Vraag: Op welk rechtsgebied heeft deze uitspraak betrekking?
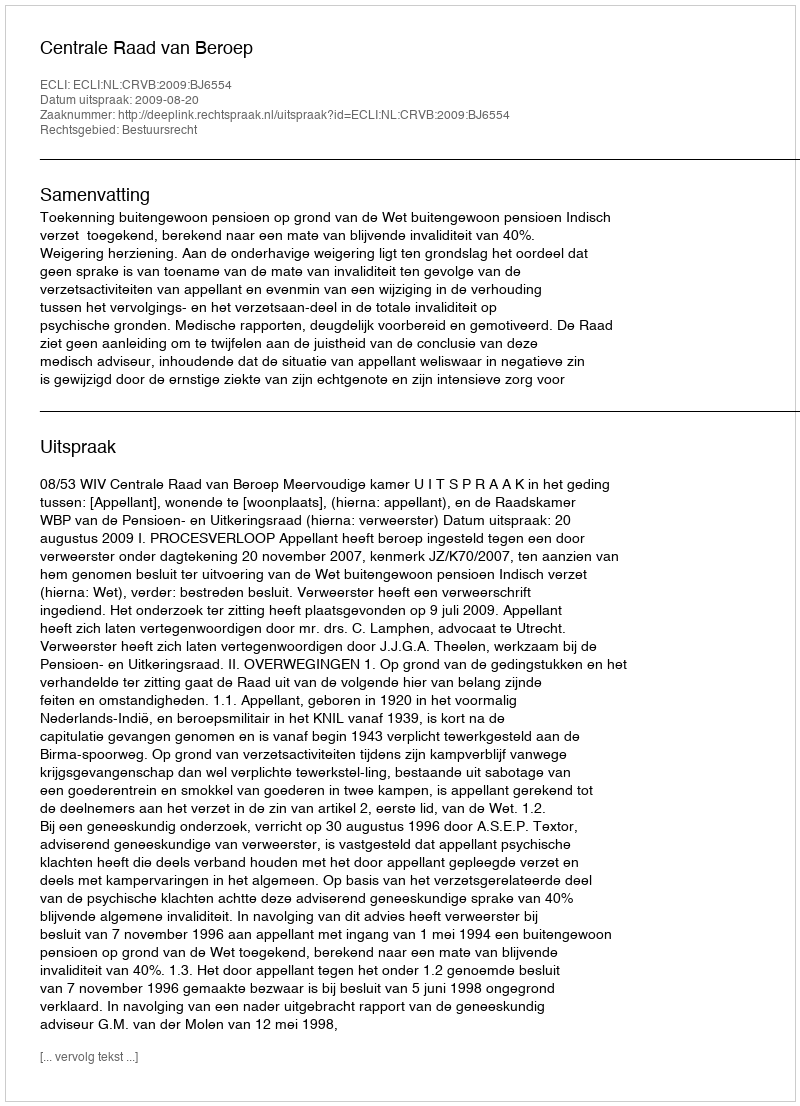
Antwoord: Bestuursrecht